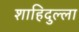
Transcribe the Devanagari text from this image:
शाहिदुल्ला